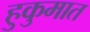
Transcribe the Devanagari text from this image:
हुकुमात